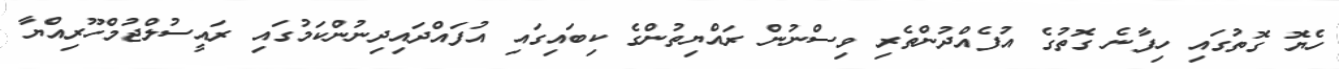
ހެޔޮ ގޮތުގައި ހިފާނެ ގޮތުގެ އުފެއްދުންތެރި ވިސްނުން ރައްޔިތުންގެ ކިބައިގައި އުފައްދައިދިނުންކަމުގައި ރައީސުލްޖުމްހޫރިއްޔާ